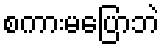
စကားမပြောဘဲ